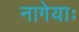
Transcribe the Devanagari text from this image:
नागेयाः